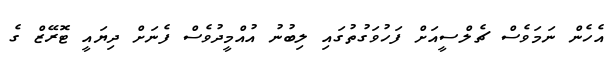
އެހެން ނަމަވެސް ޗެލްސީއަށް ފަހުވަގުތުގައި ލިބުނު އުއްމީދުވެސް ފެނަށް ދިޔައީ ޓޮރޭޒް ގެ